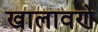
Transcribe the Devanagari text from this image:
खालावणे